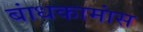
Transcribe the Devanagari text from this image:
बांधकामांस